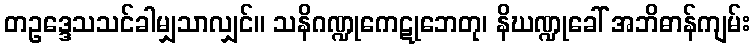
တဥဒ္ဒေသသင်ခါမျှသာလျှင်။ သနိဂဏ္ဍုကေဋုဘေတု၊ နိဃဏ္ဍုခေါ် အဘိဓာန်ကျမ်း